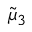
{ \tilde { \mu } } _ { 3 }